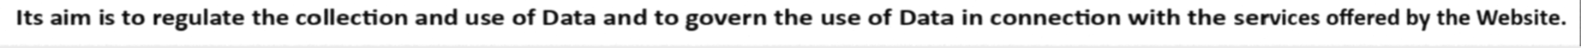
Its aim is to regulate the collection and use of Data and to govern the use of Data in connection with the services offered by the Website.